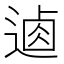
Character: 𨔟